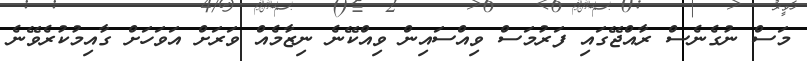
މަސް ނުގެނެސް ރާއްޖޭގައި ފަރުމަސް ވިއްސައިން ވިއްކޭނެ ނިޒާމެއް ވަރަށް އަވަހަށް ގާއިމުކުރެވޭނެ